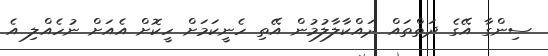
ސިންގާ އޭގެ ދަތްތައް ދައްކާލާލުމުން އޭތި ހެނީކަމަށް ހީކޮށް އެއަށް ނުހެއްލި އެ